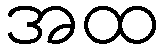
အထ